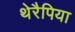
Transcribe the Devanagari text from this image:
थेरैपिया